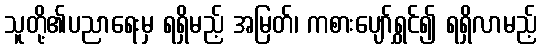
သူတို့၏ပညာရေးမှ ရရှိမည့် အမြတ်၊ ကစားပျော်ရွှင်၍ ရရှိလာမည့်